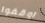
اوقفوا